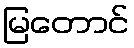
မြတောင်